Report on the cholera epidemic of
Year: 1868
Disease focus: Cholera
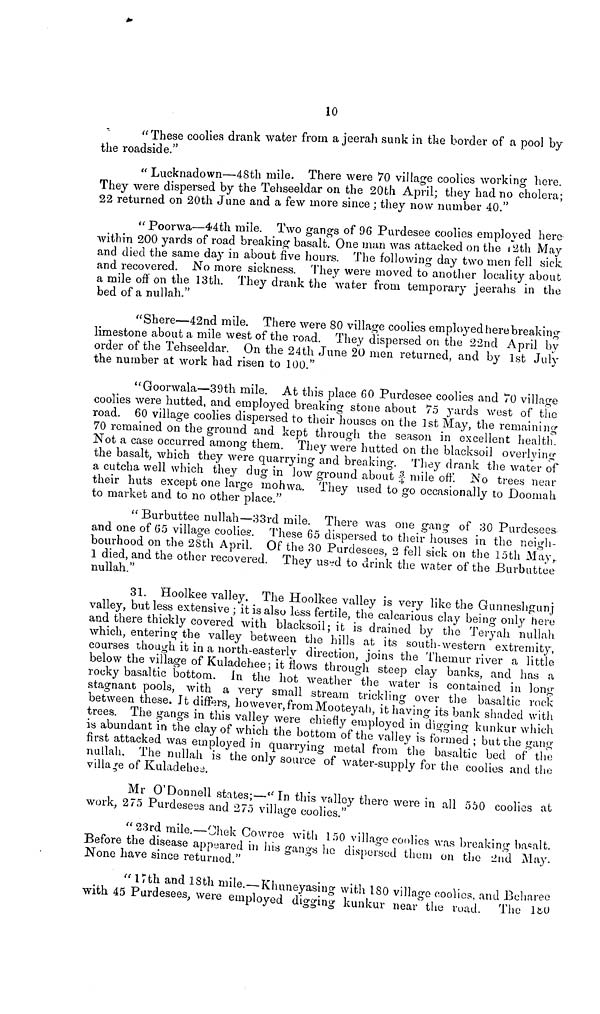
10
"These coolies drank water from a jeerah sunk in the border of a pool by
the roadside."
" Lucknadown—48th mile. There were 70 village coolies working here.
They were dispersed by the Tehseeldar on the 20th April; they had no cholera;
22 returned on 20th June and a few more since ; they now number 40."
"Poorwa-44th mile. Two gangs of 96 Purdesee coolies employed here
within 200 yards of road breaking basalt One man was attacked on the 12th May
and died the same day in about five hours. The following day two men fell siek
and recovered. No more sickness. They were moved to another locality about
a mile oft" on the 13th. They drank the water from temporary jeerahs in the
bed of a nullah."
"Shere—42nd mile. There were 80 village coolies employed here breaking
limestone about a mile west of the road. They dispersed on the 22nd April by
order of the Tehseeldar. On the 24th June 20 men returned, and by 1st July
the number at work had risen to 100."
"Goorwala—39th mile. At this place 60 Purdesee coolies and 70 village
coolies were hutted, and employed breaking stone about 75 yards west of the
road. 60 village coolies dispersed to their houses on the 1st May, the remaining
70 remained on the ground and kept through the season in excellent health.
Not a case occurred among them. They were hutted on the blacksoil overlying
the basalt, which they were quarrying and breaking. They drank the water of
a cutcha well which they dug in low ground about ¾ mile off. No trees near
their huts except one large mohwa. They used to go occasionally to Doomah
to market and to no other place."
" Burbuttee nullah—33rd mile. There was one gang of 30 Purdesees
and one of 65 village coolies. These 65 dispersed to their houses in the neigh-
bourhood on the 28th April. Of the 30 Purdesees, 2 fell sick on the 15th May,
1 died, and the other recovered. They used to drink the water of the Burbuttee
nullah."
31. Hoolkee valley. The Hoolkee valley is very like the Gunneshgunj
valley, but less extensive; it is also less fertile, the calcarious clay being only here
and there thickly covered with blacksoil; it is drained by the Teryah nullah
which, entering the valley between the hills at its south-western extremity,
courses though it in a north-easterly direction, joins the Themur river a little
below the village of Kuladehee; it hows through steep clay banks, and has a
rocky basaltic bottom. In the hot weather the water is contained in long
stagnant pools, with a very small stream trickling over the basaltic rock
between these. It differs, however, from Mooteyali, it having its bank shaded with
trees. The gangs in this valley were chiefly employed in digging kunkur which
is abundant in the clay of which the bottom of the valley is formed ; but the gang
first attacked was employed in quarrying metal from "the basaltic bed of the
nullah. The nullah is the only source of water-supply for the coolies and the
village of Kuladehe.
Mr O'Donnell states;—"In this valley there were in all 550 coolies at
work, 275 Purdesees and 275 village coolies."
"23rd mile.—Chek Cowroe with 150 village coolies was breaking basalt.
Before the disease appeared in his gangs he dispersed thorn on the 2nd May.
None have since returned."
"17th and 18th mile.—Khuneyasing with 180 village coolies, and Beharee
with 45 Purdesees, were employed digging kunkur near the road. The 180